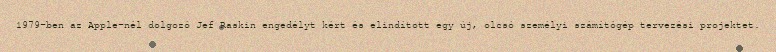
1979-ben az Apple-nél dolgozó Jef Raskin engedélyt kért és elindított egy új, olcsó személyi számítógép tervezési projektet.